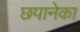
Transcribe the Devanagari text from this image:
छपानेका